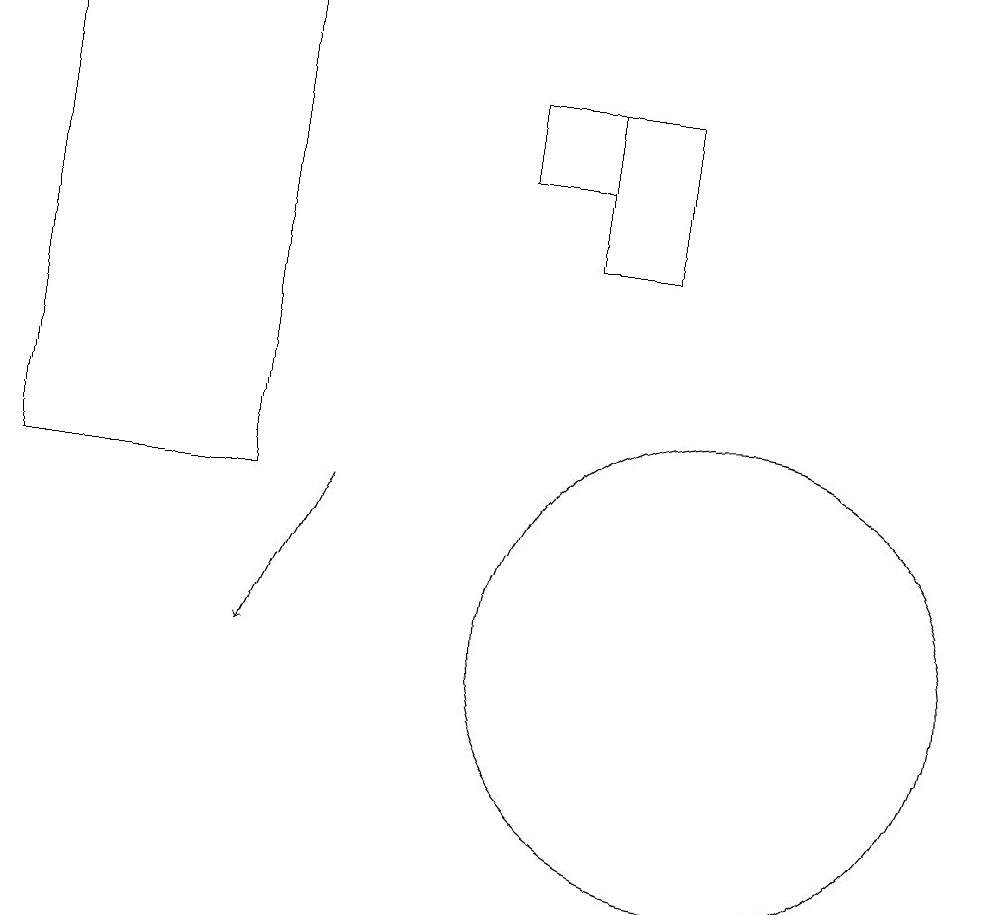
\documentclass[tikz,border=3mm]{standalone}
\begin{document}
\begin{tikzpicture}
\draw (9,18) rectangle (8,16);
\draw (8,18) rectangle (7,17);
\draw (10,11) circle (3);
\draw (1,13) rectangle (4,19);
\draw[->] (5,13) -- (4,11);
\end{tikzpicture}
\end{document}